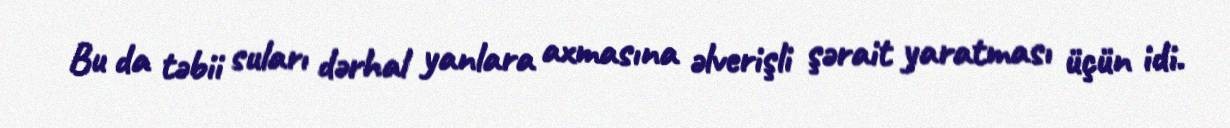
Bu da təbii suları dərhal yanlara axmasına əlverişli şərait yaratması üçün idi.